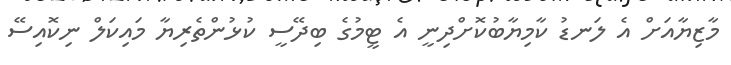
މާޒިޔާއަށް އެ ލަނޑު ކާމިޔާބުކޮށްދިނީ އެ ޓީމުގެ ބިދޭސީ ކުޅުންތެރިޔާ މައިކަލް ނިކޮއިސޭ